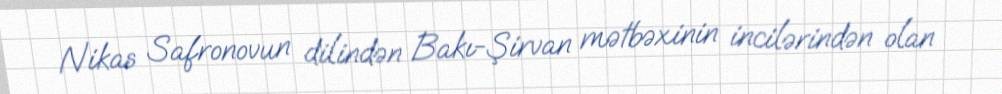
Nikas Safronovun dilindən Bakı-Şirvan mətbəxinin incilərindən olan